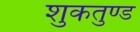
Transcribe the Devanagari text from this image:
शुकतुण्ड